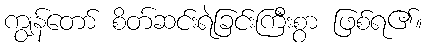
ကျွန်တော် စိတ်ဆင်းရဲခြင်းကြီးစွာ ဖြစ်ရ၏။